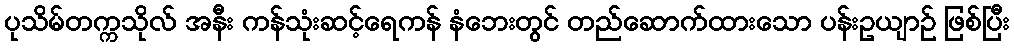
ပုသိမ်တက္ကသိုလ် အနီး ကန်သုံးဆင့်ရေကန် နံဘေးတွင် တည်ဆောက်ထားသော ပန်းဥယျာဉ် ဖြစ်ပြီး